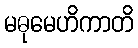
မဓုမေဟိကာတိ